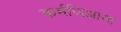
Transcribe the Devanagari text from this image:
कर्मजिज्ञासा